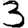
Digit: 3